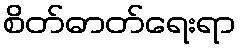
စိတ်ဓာတ်ရေးရာ